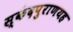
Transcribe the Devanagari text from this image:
स्कंदपुराणयह